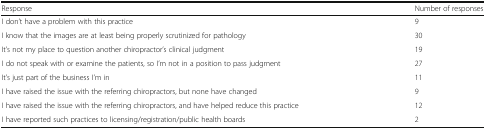
| Response | Number of responses |
 | --- | --- |
 | I don’t have a problem with this practice | 9 |
 | I know that the images are at least being properly scrutinized for pathology | 30 |
 | It’s not my place to question another chiropractor’s clinical judgment | 19 |
 | I do not speak with or examine the patients, so I’m not in a position to pass judgment | 27 |
 | It’s just part of the business I’m in | 11 |
 | I have raised the issue with the referring chiropractors, but none have changed | 9 |
 | I have raised the issue with the referring chiropractors, and have helped reduce this practice | 12 |
 | I have reported such practices to licensing/registration/public health boards | 2 |